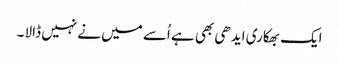
ایک بھکاری ایدھی بھی ہے اُسے میں نے نہیں ڈالا ۔